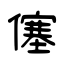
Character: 僿